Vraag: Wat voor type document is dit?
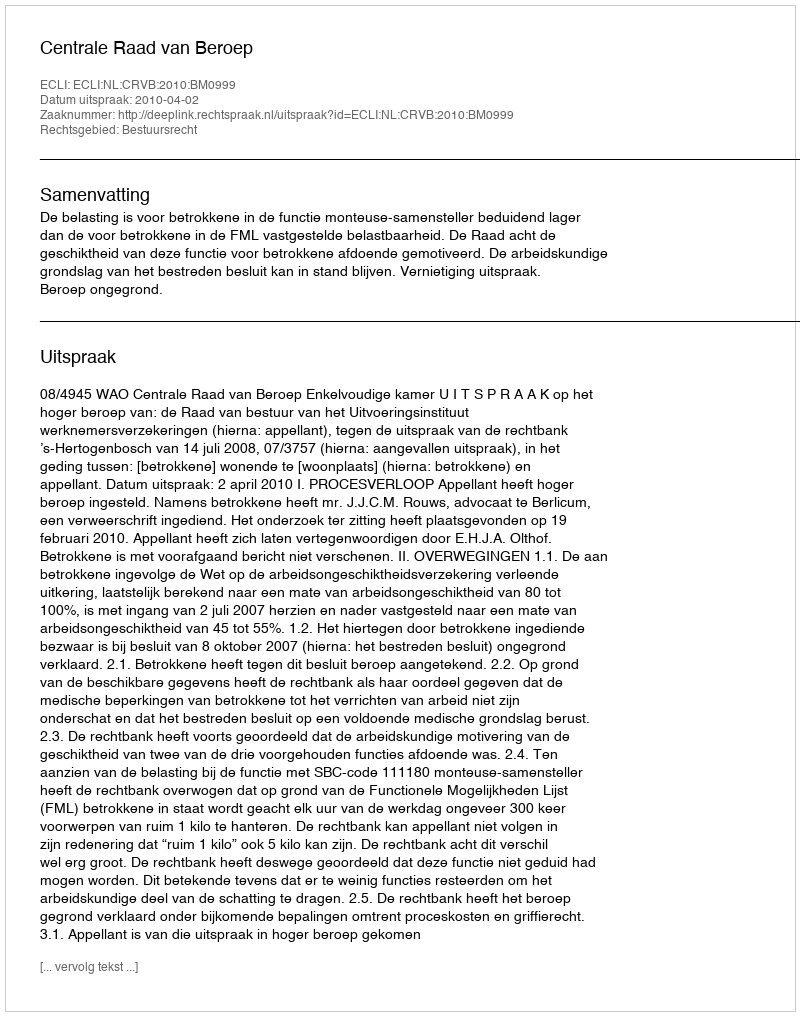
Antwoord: Uitspraak